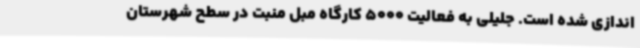
اندازی شده است. جلیلی به فعالیت 5000 کارگاه مبل منبت در سطح شهرستان